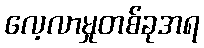
လေ့လာမှုတစ်ခုအရ